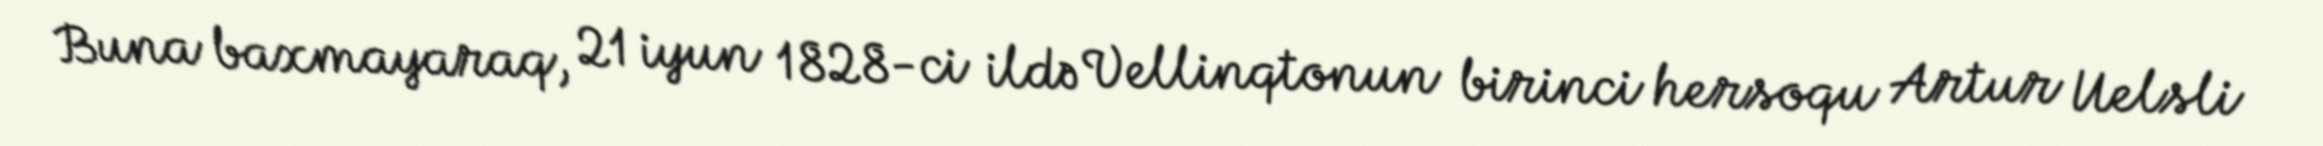
Buna baxmayaraq, 21 iyun 1828-ci ildə Vellinqtonun birinci hersoqu Artur Uelsli